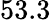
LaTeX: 53.3